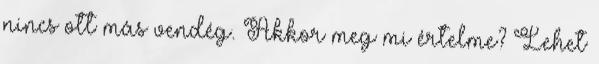
nincs ott más vendég. Akkor meg mi értelme? Lehet